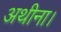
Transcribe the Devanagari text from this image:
अथीना।